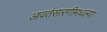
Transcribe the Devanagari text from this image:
आवर्तसारणीमधल्या